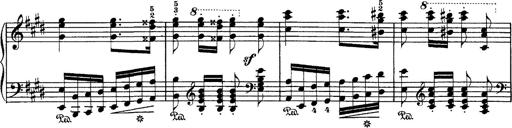
Title: Hungarian Rhapsody No.1
Composer: Franz Liszt
Key: C-sharp minor